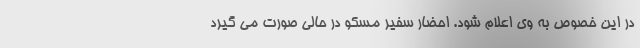
در این خصوص به وی اعلام شود. احضار سفیر مسکو در حالی صورت می گیرد